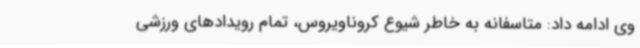
وی ادامه داد: متاسفانه به خاطر شیوع کروناویروس، تمام رویدادهای ورزشی